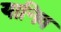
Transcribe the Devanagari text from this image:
यानिव